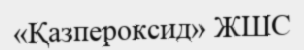
«Қазпероксид» ЖШС